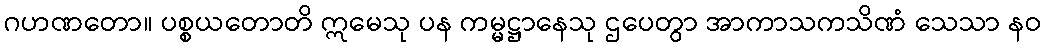
ဂဟဏတော။ ပစ္စယတောတိ ဣမေသု ပန ကမ္မဋ္ဌာနေသု ဌပေတွာ အာကာသကသိဏံ သေသာ နဝ